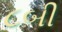
૮બી